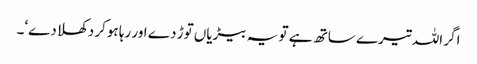
اگر اللہ تیرے ساتھ ہے تو یہ بیڑیاں توڑ دے اور رہا ہوکر دکھلا دے‘۔